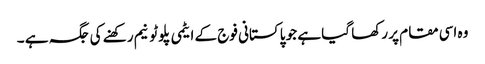
وہ اسی مقام پر رکھا گیا ہے جو پاکستانی فوج کے ایٹمی پلوٹونیم رکھنے کی جگہ ہے ۔